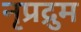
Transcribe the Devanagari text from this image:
नृप्रद्रुम